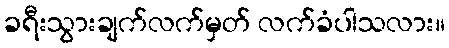
ခရီးသွားချက်လက်မှတ် လက်ခံပါသလား။